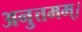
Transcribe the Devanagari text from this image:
अनुत्तमम्‌।